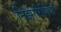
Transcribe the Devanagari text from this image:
निर्झररिणियों